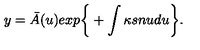
y = { \bar { A } } ( u ) e x p \bigg \{ + \int \kappa s n u d u \bigg \} .